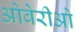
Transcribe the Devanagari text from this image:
ओबेरीओ